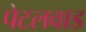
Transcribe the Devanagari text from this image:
पेटलवाड